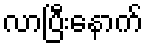
လာပြီးနောက်